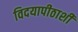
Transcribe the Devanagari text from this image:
विदयापीठाशी